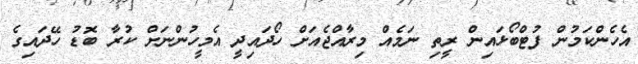
އެހެންކަމުން ފުޓްބޯޅައިން ރީތި ނަމެއް މިރާއްޖެއަށް ހޯދައިދީ އެމީހުންނަށް ކުރާ ބޮޑު ހޭދައިގެ